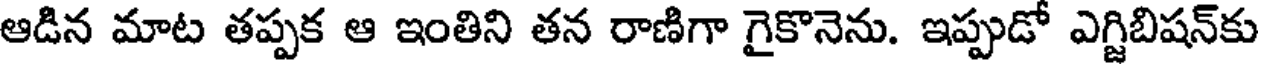
ఆడిన మాట తప్పక ఆ ఇంతిని తన రాణిగా గైకొనెను. ఇప్పుడో ఎగ్జిబిషన్కు